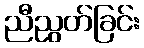
ညီညွတ်ခြင်း